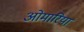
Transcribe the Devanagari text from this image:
ओमारिया